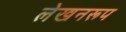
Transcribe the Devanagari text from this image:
लेखनरूप